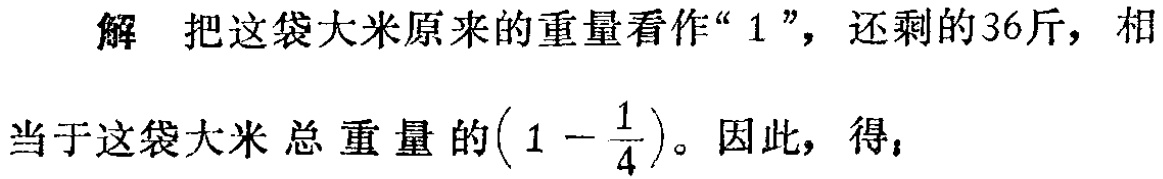
解 把这袋大米原来的重量看作“$1$”，还剩的36斤，相当于这袋大米总重量的$\left(1 - \dfrac{1}{4}\right)$。因此，得，